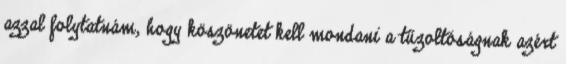
azzal folytatnám, hogy köszönetet kell mondani a tűzoltóságnak azért